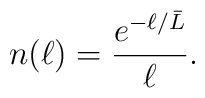
n(\ell) = {e^{-\ell / {\bar L}}  \over \ell} .